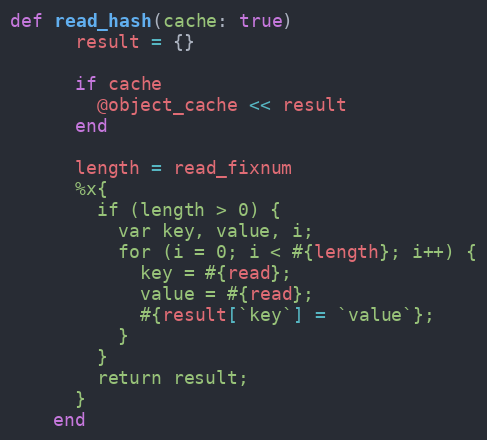
Language: Ruby
def read_hash(cache: true)
      result = {}

      if cache
        @object_cache << result
      end

      length = read_fixnum
      %x{
        if (length > 0) {
          var key, value, i;
          for (i = 0; i < #{length}; i++) {
            key = #{read};
            value = #{read};
            #{result[`key`] = `value`};
          }
        }
        return result;
      }
    end